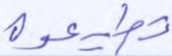
تطيعوه